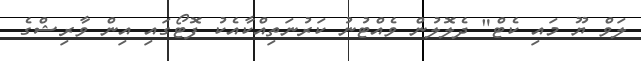
ލަވް ޔޫ މައި ކެޓް" ދެލޮލުން ވެއްޓުނު ކަރުނަތިއްކާއެކު ފޮޓޯގައި އިން ވާރިޝްގެ